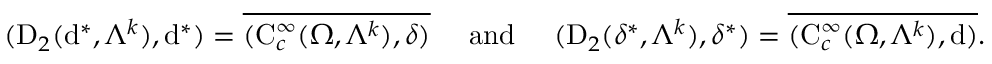
\begin{array} { r } { ( \mathrm { D } _ { 2 } ( \mathrm { d } ^ { \ast } , \Lambda ^ { k } ) , \mathrm { d } ^ { \ast } ) = \overline { { ( \mathrm { C } _ { c } ^ { \infty } ( \Omega , \Lambda ^ { k } ) , { \delta } ) } } \quad \mathrm { ~ a n d ~ } \quad ( \mathrm { D } _ { 2 } ( { \delta } ^ { \ast } , \Lambda ^ { k } ) , { \delta } ^ { \ast } ) = \overline { { ( \mathrm { C } _ { c } ^ { \infty } ( \Omega , \Lambda ^ { k } ) , \mathrm { d } ) } } \mathrm { . ~ } } \end{array}